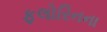
ફલોરિનના